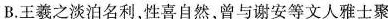
B.王羲之淡泊名利,性喜自然,曾与谢安等文人雅士聚